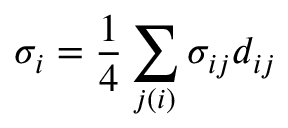
\sigma _ { i } = \frac { 1 } { 4 } \sum _ { j ( i ) } \sigma _ { i j } d _ { i j }